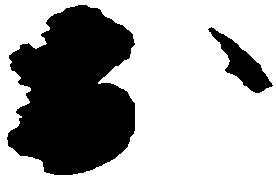
於